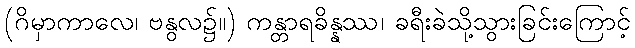
(ဂိမှာကာလေ၊ ဗနွလ၌။) ကန္တာရခိန္နဿ၊ ခရီးခဲသို့သွားခြင်းကြောင့်